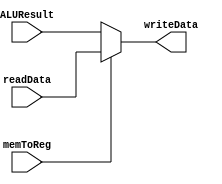
`timescale 1ns / 1ps

module WriteBack(memToReg, readData, ALUResult, writeData);

	input memToReg;
	input [31:0] readData;
	input [31:0] ALUResult;

	output reg [31:0] writeData;         //Ba Mux ham mishod farghi nadare
	
	always @(*)
		begin 
			if (memToReg == 1)
				writeData = readData;
			else
				writeData = ALUResult;
		end
	
endmodule